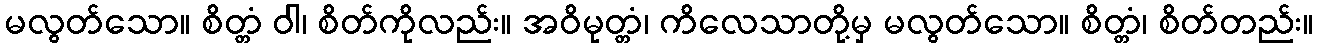
မလွတ်သော။ စိတ္တံ ဝါ၊ စိတ်ကိုလည်း။ အဝိမုတ္တံ၊ ကိလေသာတို့မှ မလွတ်သော။ စိတ္တံ၊ စိတ်တည်း။